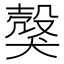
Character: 𤠼